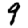
Digit: 9